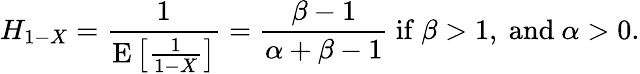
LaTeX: H_{1-X}={\frac{1}{\operatorname{E}\left[{\frac{1}{1-X}}\right]}}={\frac{\beta-1}{\alpha+\beta-1}}{\mathrm{~if~}}\beta>1,{\mathrm{~and~}}\alpha>0.